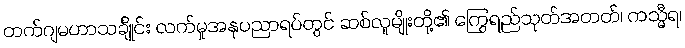
တက်ဂျမဟာသင်္ချိုင်း လက်မှုအနုပညာရပ်တွင် ဆစ်လူမျိုးတို့၏ ကြွေရည်သုတ်အတတ်၊ ကသ္မီရ၊